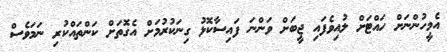
އެމީހުންނަށް ހައްޓަށް ލުއިވެފައި ޖީބަށް ވަންނަ ފައިސާކޮޅު ގިނަކުރުމަށް އެގޮތަށް ކަންތައްކުރި ނަމަވެސް